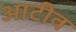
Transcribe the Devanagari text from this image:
आटीव